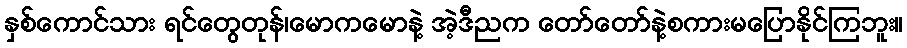
နှစ်ကောင်သား ရင်တွေတုန်၊မောကမောနဲ့ အဲ့ဒီညက တော်တော်နဲ့စကားမပြောနိုင်ကြဘူး။